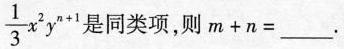
$$\frac { 1 } { 3 } x ^ { 2 } y ^ { n + 1 }$$ 是同类项，则 $$m + n = ___$$ .